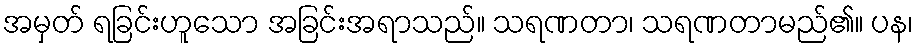
အမှတ် ရခြင်းဟူသော အခြင်းအရာသည်။ သရဏတာ၊ သရဏတာမည်၏။ ပန၊